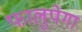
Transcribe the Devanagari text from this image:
फालुपेगा